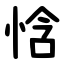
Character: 㤷